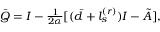
\begin{array} { r } { \bar { Q } = I - \frac { 1 } { 2 \alpha } [ ( \bar { d } + l _ { s } ^ { ( r ) } ) I - \tilde { A } ] , } \end{array}